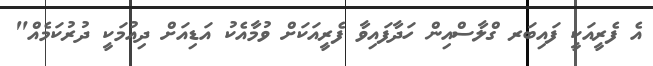
އެ ފެރީއަކީ ފައިބަރ ގްލާސްއިން ހަދާފައިވާ ފެރީއަކަށް ވުމާއެކު އަޑިއަށް ދިއުމަކީ ދުރުކަމެއް"